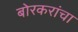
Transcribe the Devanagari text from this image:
बोरकरांचा